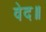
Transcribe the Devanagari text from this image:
वेद॥